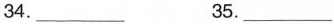
34.___ 35.___